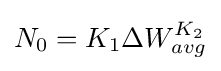
N_{0}=K_{1}\Delta W_{avg}^{K_{2}}